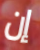
إن